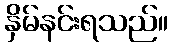
နှိမ်နင်းရသည်။